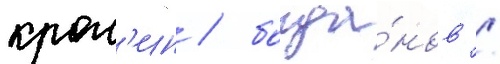
крас'ин / богда́нов /